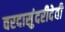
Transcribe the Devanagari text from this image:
वरदासुंदरीदेवी